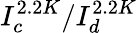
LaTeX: I_{c}^{2.2K}/I_{d}^{2.2K}